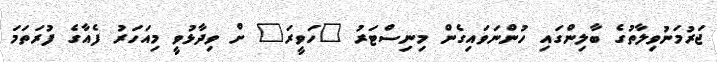
ޖަރުމަނުވިލާތުގެ ބާލިންގައި ހުންނަވައިގެން މިނިސްޓަރު "ހަވީރަ" ށް ވިދާޅުވީ މިއަހަރު ފެއާގެ ފުރަތަމަ